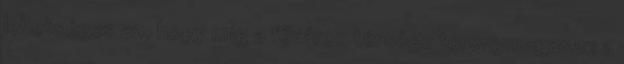
lehetséges az, hogy míg a főváros térsége toronymagasan a